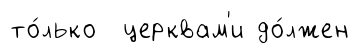
то́лько церквам'и до́лжен